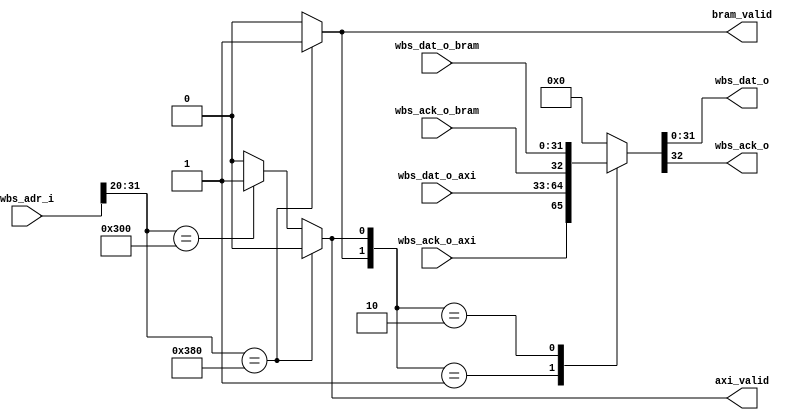

`default_nettype none
module WBdecoder (
    input [31:0] wbs_adr_i,
    output reg  bram_valid, axi_valid,
    input [31:0] wbs_dat_o_axi, wbs_dat_o_bram,
    input wbs_ack_o_axi, wbs_ack_o_bram,
    output reg [31:0] wbs_dat_o,
    output reg wbs_ack_o
);

    always @(*) begin
        if(wbs_adr_i[31:20] == 12'h380) begin
            bram_valid = 1;
            axi_valid = 0;
        end
        else if(wbs_adr_i[31:20] == 12'h300) begin
            bram_valid = 0;
            axi_valid = 1;           
        end
        else begin
            bram_valid = 0;
            axi_valid = 0;             
        end
    end

    always @(*) begin
        case({bram_valid, axi_valid}) 
            2'b01: {wbs_ack_o, wbs_dat_o} = {wbs_ack_o_axi, wbs_dat_o_axi};
            2'b10: {wbs_ack_o, wbs_dat_o} = {wbs_ack_o_bram, wbs_dat_o_bram};
            default: {wbs_ack_o, wbs_dat_o} = {1'b0, 32'd0};
        endcase
    end


endmodule
`default_nettype none